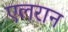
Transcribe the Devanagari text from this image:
एलरान